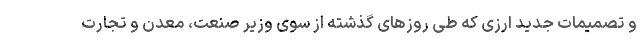
و تصمیمات جدید ارزی که طی روزهای گذشته از سوی وزیر صنعت، معدن و تجارت